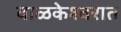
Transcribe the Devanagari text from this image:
वाळकेश्वरात